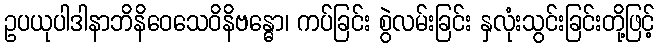
ဥပယုပါဒါနာဘိနိဝေသေဝိနိဗန္ဓော၊ ကပ်ခြင်း စွဲလမ်းခြင်း နှလုံးသွင်းခြင်းတို့ဖြင့်